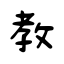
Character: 教